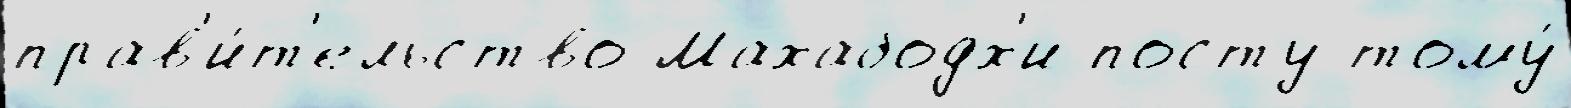
прав'и́т'ельство Махабодх'и посту тому́